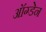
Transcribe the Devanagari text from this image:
ऑग्डेन